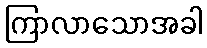
ကြာလာသောအခါ